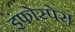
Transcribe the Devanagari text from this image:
इंफोस्पेस